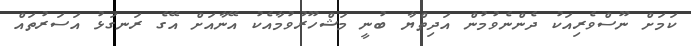
ކަމަށް ނޫސްވެރިއަކު ދެންނެވުމުން އަދިތްޔާ ބުނީ މަޝްހޫރުވުމާއެކު އޭނާއަށް އޭގެ ރަނގަޅު އަސަރުތައް